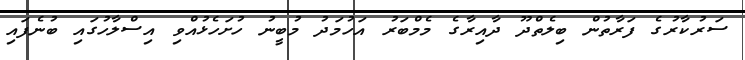
ސަރުކާރުގެ ފަރާތުން ބިލެތްދޫ ދާއިރާގެ މެމްބަރު އަހުމަދު މުބީނު ހުށަހެޅުއްވި އިސްލާހުގައި ބުނެފައި